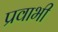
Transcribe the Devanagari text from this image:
प्रवाभी